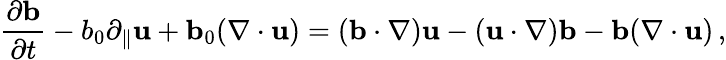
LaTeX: {\frac{\partial{\mathbf b}}{\partial t}}-b_{0}\partial_{\parallel}{\mathbf u}+{\mathbf b}_{0}(\nabla\cdot{\mathbf u})=({\mathbf b}\cdot\nabla){\mathbf u}-({\mathbf u}\cdot\nabla){\mathbf b}-{\mathbf b}(\nabla\cdot{\mathbf u})\, ,